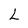
Character: L